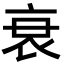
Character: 衰